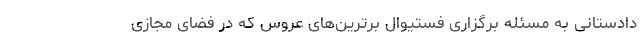
دادستانی به مسئله برگزاری فستیوال برترین‌های عروس که در فضای مجازی